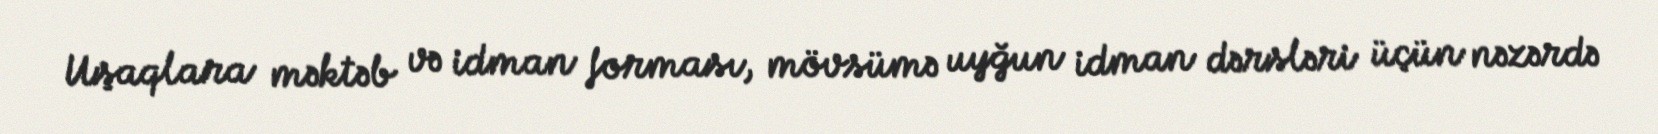
Uşaqlara məktəb və idman forması, mövsümə uyğun idman dərsləri üçün nəzərdə